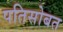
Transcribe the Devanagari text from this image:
पतिसोबत